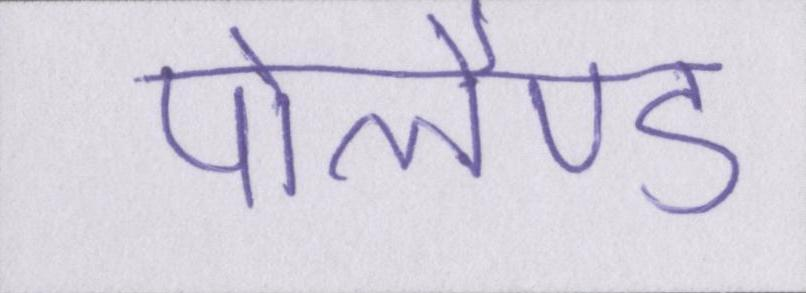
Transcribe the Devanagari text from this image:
पोलैण्ड